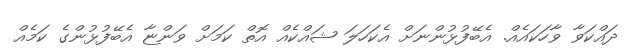
ދައްކަވާ ވާހަކައެއް. އެބޭފުޅުންނަށް އެކަހަލަ ޝައްކެއް އޮތް ކަމަށް ވަންޏާ އެބޭފުޅުންގެ ކަމެއް